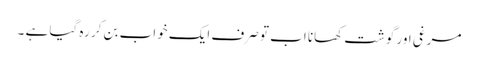
مرغی اور گوشت کھانا اب تو صرف ایک خواب بن کر رہ گیا ہے ۔